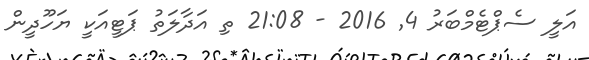
އަލީ ސެޕްޓެމްބަރު 4